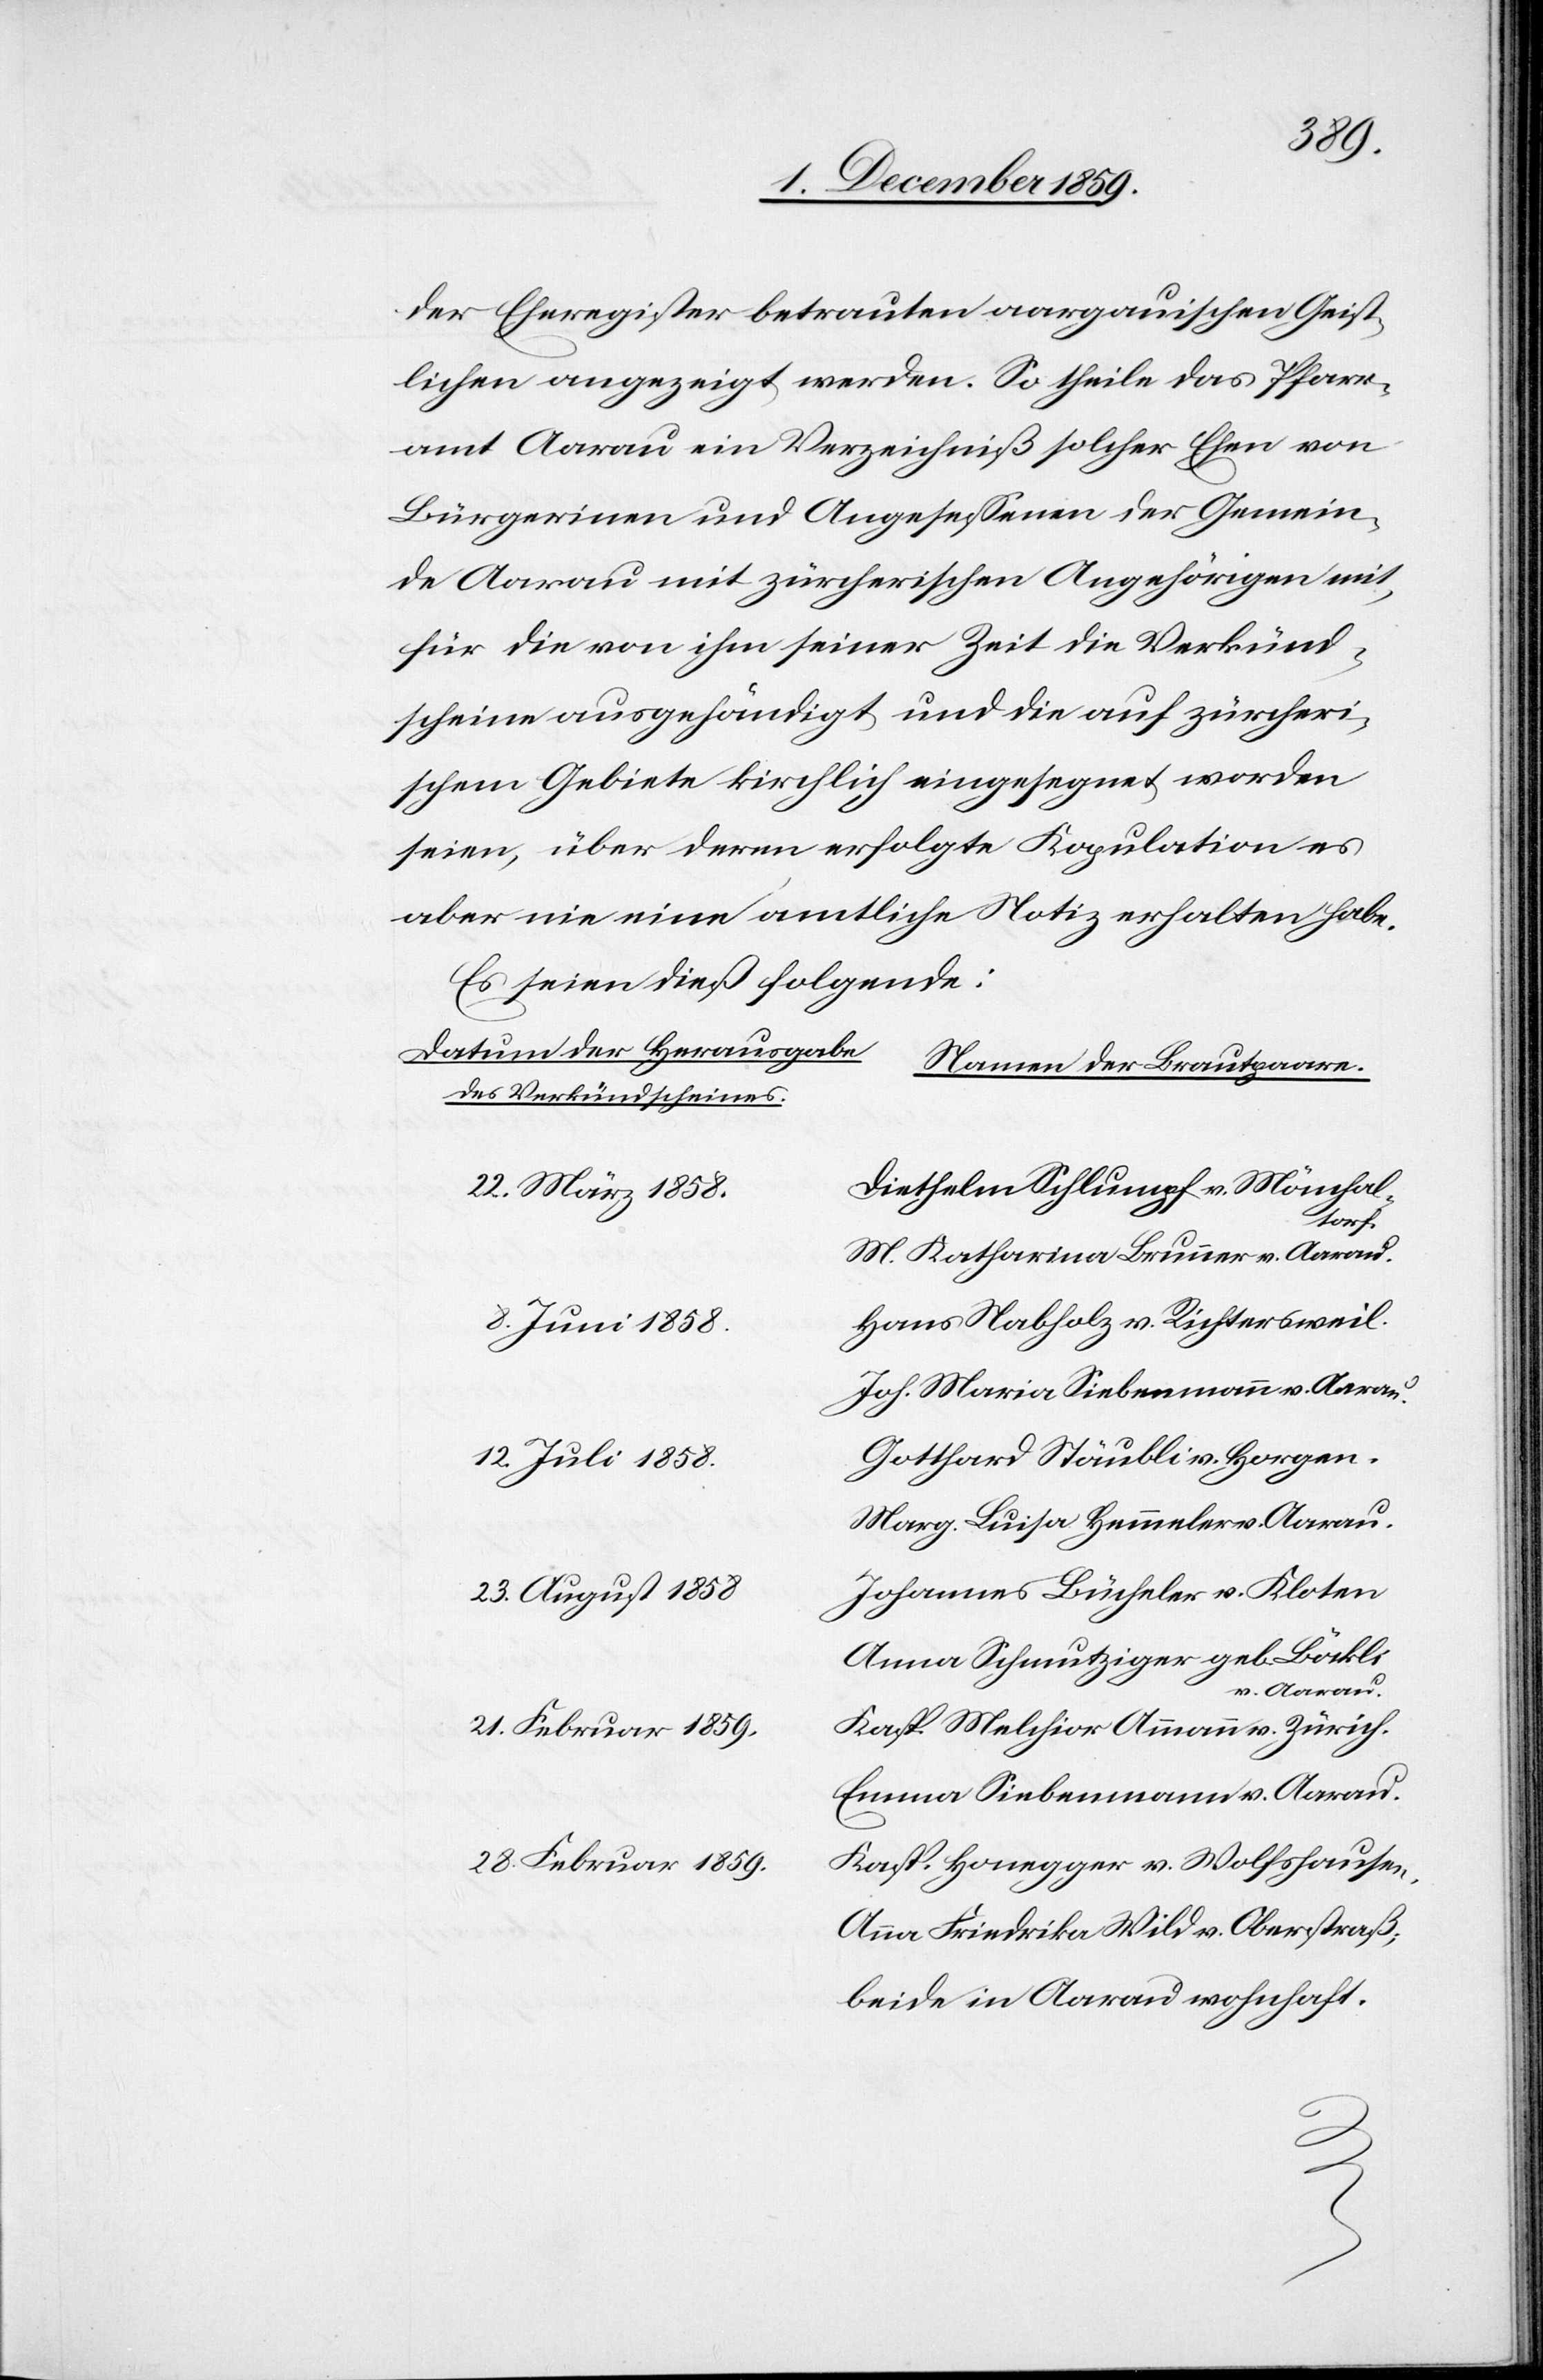
der Eheregister betrauten aargauischen Geist¬
lichen angezeigt werde. So theile das Pfarr¬
amt Aarau ein Verzeichniß solcher Ehen von
Bürgerinnen und Angesessenen der Gemein¬
de Aarau mit zürcherischen Angehörigen mit,
für die von ihm seiner Zeit die Verkünd¬
scheine ausgehändigt und die auf zürcheri¬
schem Gebiete kirchlich eingesegnet worden
seien, über deren erfolgte Kopulation es
aber nie eine amtliche Notiz erhalten habe.
Es seine dieß folgende:
Datum der Herausgabe
Namen der Brautpaare.
des Verkündscheines.
Diethelm Schlumpf v. Mönchal¬
22. März 1858.
torf.
M. Katharina Brunner v. Aarau.
Hans Habholz v. Richtersweil.
8. Juni 1858.
Joh. Maria Siebenmann v. Aarau.
Gotthard Stäubli v. Horgen.
12. Juli 1858.
Marg. Luisa Hemmeler v. Aarau.
Johannes Bücheler v. Kloten.
23. August 1858.
Anna Schmutziger geb. Löckli
v. Aarau.
Kasp. Melchior Ammann v. Zürich.
21. Februar 1859.
Emma Siebenmann v. Aarau.
Kasp. Honegger v. Wolfshausen.
28. Februar 1859.
Anna Friedrika Wild v. Oberstraß;
beide in Aarau wohnhaft.